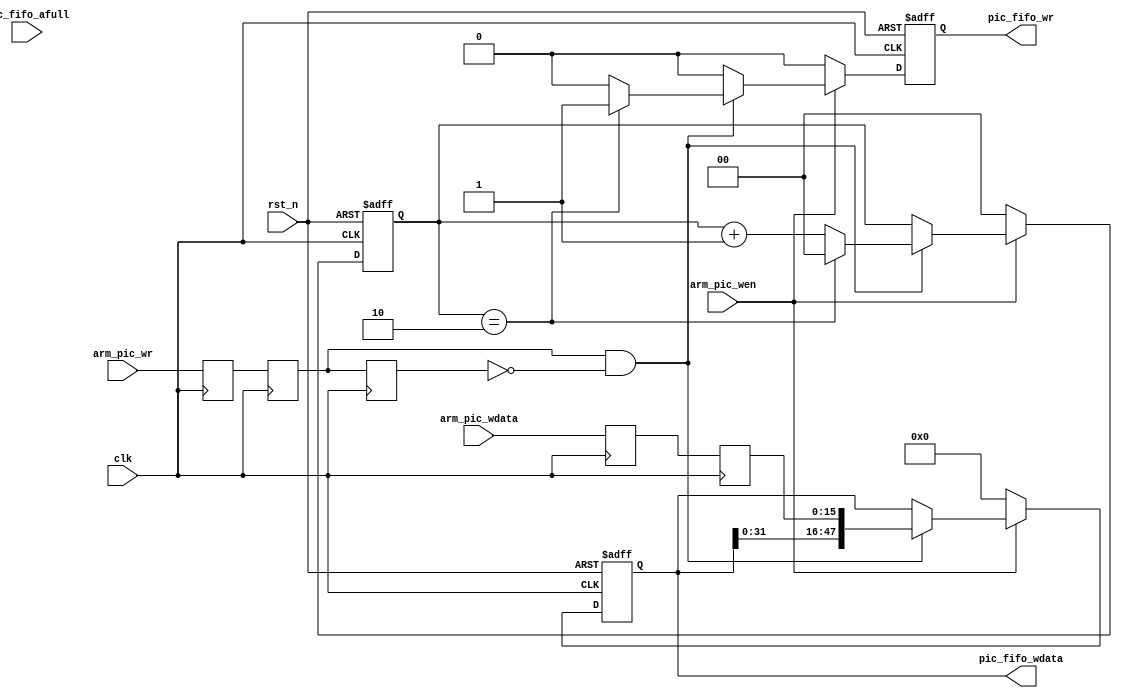
//*****************************************************************************
// COPYRIGHT (c) 2014, Xiamen Tianma Microelectronics Co, Ltd
//
// Module name   :  pic_get
//
// Version       :  v 1.0
//
// Function      :  get picture data from ARM
// Called by     :  --
//
// ----------------------------------------------------------------------------
// Revison
// 2014-07-23    :  create file
//*****************************************************************************
module pic_get (
    input                 clk               ,
    input                 rst_n             ,
	 
    input                 arm_pic_wr        ,
    input       [15:0]    arm_pic_wdata     ,
    input                 arm_pic_wen       ,
	 
    input                 pic_fifo_afull    ,
    output reg            pic_fifo_wr       ,
    output reg  [47:0]    pic_fifo_wdata
);

//+++++++++++++++++++++++++++++++++++++++++++++++++++++++++++++++++++++++++++++
// parameters
//+++++++++++++++++++++++++++++++++++++++++++++++++++++++++++++++++++++++++++++

//+++++++++++++++++++++++++++++++++++++++++++++++++++++++++++++++++++++++++++++
// variable declaration
//+++++++++++++++++++++++++++++++++++++++++++++++++++++++++++++++++++++++++++++
reg                             arm_pic_wr_d1                   ;
reg                             arm_pic_wr_d2                   ;
reg                             arm_pic_wr_d3                   ;
reg     [15:0]                  arm_pic_wdata_d1                ;
reg     [15:0]                  arm_pic_wdata_d2                ;

reg     [1:0]                   wcnt                            ;

//+++++++++++++++++++++++++++++++++++++++++++++++++++++++++++++++++++++++++++++
// continuous assignment
//+++++++++++++++++++++++++++++++++++++++++++++++++++++++++++++++++++++++++++++

//+++++++++++++++++++++++++++++++++++++++++++++++++++++++++++++++++++++++++++++
// block statement
//+++++++++++++++++++++++++++++++++++++++++++++++++++++++++++++++++++++++++++++
always @(posedge clk)
begin
    begin
        arm_pic_wr_d1 <= arm_pic_wr;
        arm_pic_wr_d2 <= arm_pic_wr_d1;
        arm_pic_wr_d3 <= arm_pic_wr_d2;
        arm_pic_wdata_d1 <= arm_pic_wdata;
        arm_pic_wdata_d2 <= arm_pic_wdata_d1;
    end
end

always @(posedge clk or negedge rst_n)
begin
    if (rst_n == 1'b0)
    begin
        pic_fifo_wr <= 1'b0;
        pic_fifo_wdata <= 48'b0;
        wcnt <= 2'd0;
    end
    else
    begin
        if (arm_pic_wen == 1'b0)
        begin
            pic_fifo_wr <= 1'b0;
            pic_fifo_wdata <= 48'b0;
            wcnt <= 2'd0;
        end
        else
        begin
            if ((arm_pic_wr_d2 == 1'b1) && (arm_pic_wr_d3 == 1'b0))
            begin
                wcnt <= wcnt + 2'd1;
                pic_fifo_wdata <= {pic_fifo_wdata[31:0], arm_pic_wdata_d2};
                if (wcnt == 2'd2)
                begin
                    pic_fifo_wr <= 1'b1;
						  wcnt <= 2'd0;
                end
                else
                begin
                    pic_fifo_wr <= 1'b0;
                end
                
            end
            else
            begin
                pic_fifo_wr <= 1'b0;
            end
        end
    end
end

endmodule